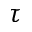
\tau